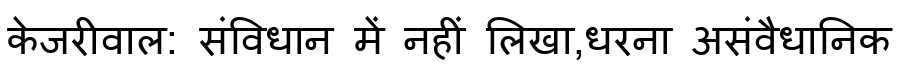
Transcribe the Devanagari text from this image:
केजरीवाल: संविधान में नहीं लिखा,धरना असंवैधानिक